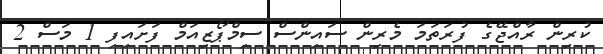
ކުރިން ރާއްޖޭގެ ފުރަތަމަ މެރިން ސައިންސް ސިމްޕޯޒިއަމް ފަށައިފި 1 މަސް 2